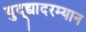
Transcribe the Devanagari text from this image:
युद्द्यादरम्यान